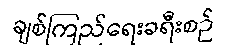
ချစ်ကြည်ရေးခရီးစဉ်